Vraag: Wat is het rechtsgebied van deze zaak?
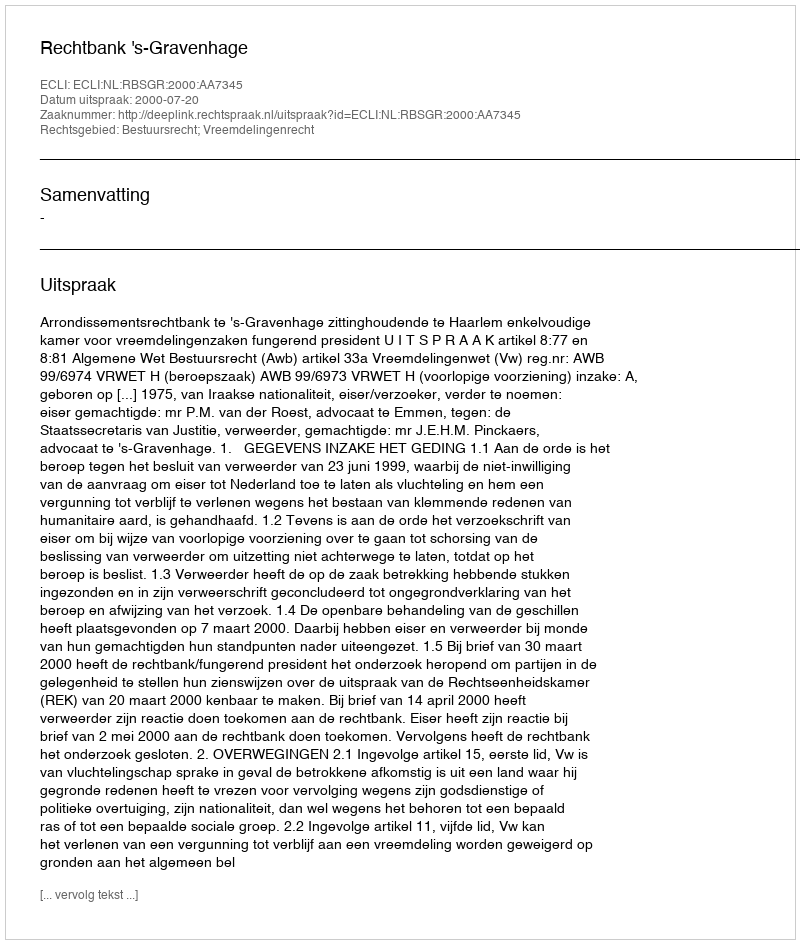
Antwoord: Bestuursrecht; Vreemdelingenrecht